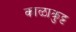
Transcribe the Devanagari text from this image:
काळाकुट्ट